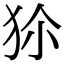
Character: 𤝝